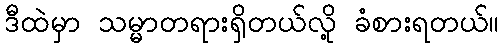
ဒီထဲမှာ သမ္မာတရားရှိတယ်လို့ ခံစားရတယ်။